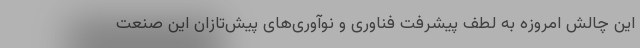
این چالش امروزه به لطف پیشرفت فناوری و نوآوری‌های پیش‌تازان این صنعت